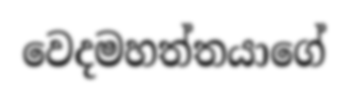
වෙදමහත්තයාගේ